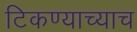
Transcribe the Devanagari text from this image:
टिकण्याच्याच